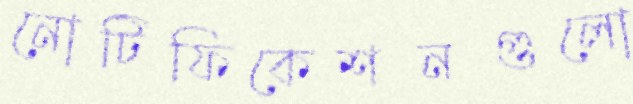
নোটিফিকেশনগুলো